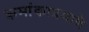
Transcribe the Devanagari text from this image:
क्रमांकाप्रमाणे